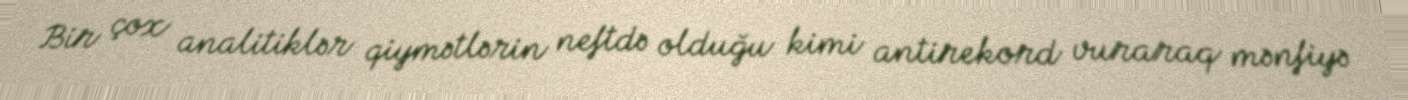
Bir çox analitiklər qiymətlərin neftdə olduğu kimi antirekord vuraraq mənfiyə